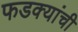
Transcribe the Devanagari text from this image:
फडक्यांची